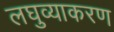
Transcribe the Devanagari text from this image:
लघुव्याकरण